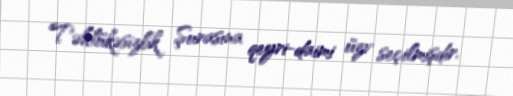
Təhlükəsizlik Şurasına qeyri-daimi üzv seçilmişdir.